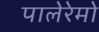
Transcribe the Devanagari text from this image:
पालेरेमो